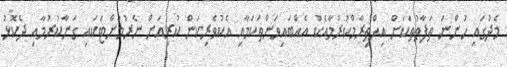
މެދުގައި ހުންނަ ތަފާތުތަކަށް އިޙްތިރާމްކުރުމާއެކު އެއްބައިވަންތަކަމާއި އެކުވެރިކަން ކުރިއަށް ނެރުމަށްޓަކައި ގަނާކުރުމާއި ދެކޮޅު